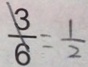
\frac { 3 } { 6 } = \frac { 1 } { 2 }